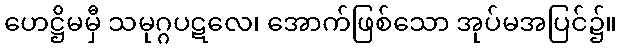
ဟေဋ္ဌိမမှီ သမုဂ္ဂပဋလေ၊ အောက်ဖြစ်သော အုပ်မအပြင်၌။